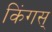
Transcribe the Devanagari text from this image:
किंगस्